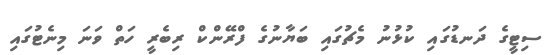
ސިޓީގެ ދަނޑުގައި ކުޅުނު މެޗުގައި ބަޔާނުގެ ފްރޭންކް ރިބެރީ ހަތް ވަނަ މިނެޓުގައި